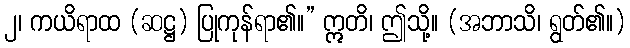
၂၊ ကယိရာထ (ဆဋ္ဌ) ပြုကုန်ရာ၏။” ဣတိ၊ ဤသို့။ (အဘာသိ၊ ရွတ်၏။)